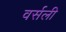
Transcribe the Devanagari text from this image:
वर्सली